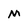
Character: M